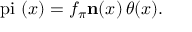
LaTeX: \mathrm { \boldmath ~ \ p i ~ } ( x ) = f _ { \pi } { \bf n } ( x ) \, \theta ( x ) .